Annual report on the working of the mental hospitals in the Madras Presidency - 1912-1932
Year: 1912
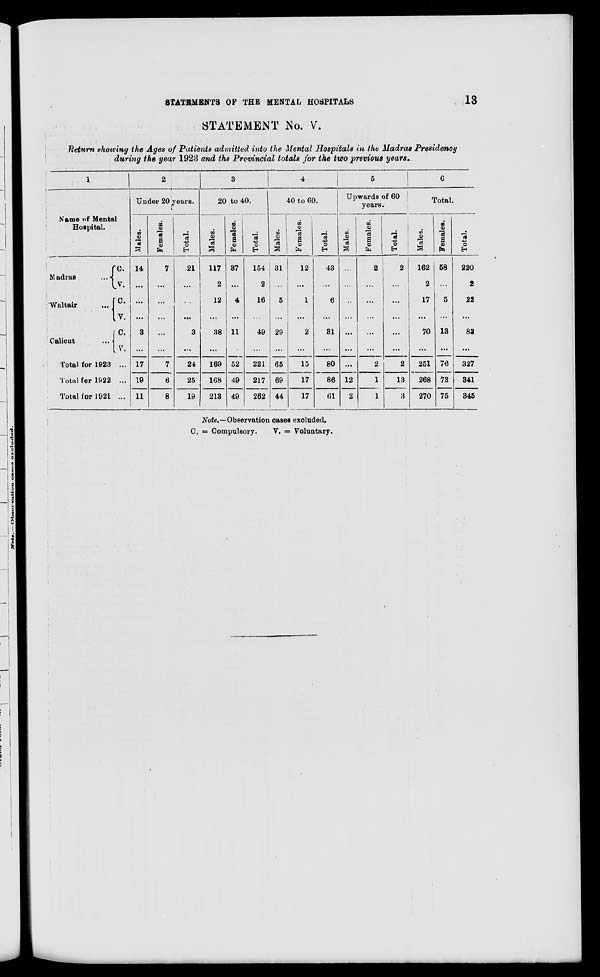
STATEMENTS OF THE MENTAL
HOSPITALS
13
STATEMENT No. V.
Return showing the Ages of Patients admitted into the Mental Hospitals in the Madras Presidency
during the year 1923 and the Provincial totals for the two previous years.
1
Name of Mental
Hospital.
Madras
...
Waltair ...
Calicut ...
C.
V.
C.
V.
C.
V.
Total for 1923 ...
Total for 1922 ...
Total for 1921 ...
2
Under 20 years.
Males.
14
...
...
...
3
...
17
19
11
Females.
7
...
...
...
...
...
7
6
8
Total.
21
...
...
...
3
...
24
25
19
3
20 to 40.
Males.
117
2
12
...
38
...
169
168
213
Females.
37
...
4
...
11
...
52
49
49
Total.
154
2
16
...
49
...
221
217
262
4
40 to 60.
Males.
31
...
5
...
29
...
65
69
44
Females.
12
...
1
...
2
...
15
17
17
Total.
43
...
6
...
31
...
80
86
61
5
Upwards of 60
years.
Males.
...
...
...
...
...
...
...
12
2
Females.
2
...
...
...
...
...
2
1
1
Total.
2
...
...
...
...
...
2
13
3
6
Total.
Males.
162
2
17
...
70
...
251
268
270
Females.
58
...
5
...
13
...
76
73
75
Total.
220
2
22
...
83
...
327
341
345
Note.—Observation cases excluded.
C. = Compulsory.
V. = Voluntary.